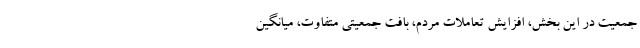
جمعیت در این بخش، افزایش تعاملات مردم، بافت جمعیتی متفاوت، میانگین